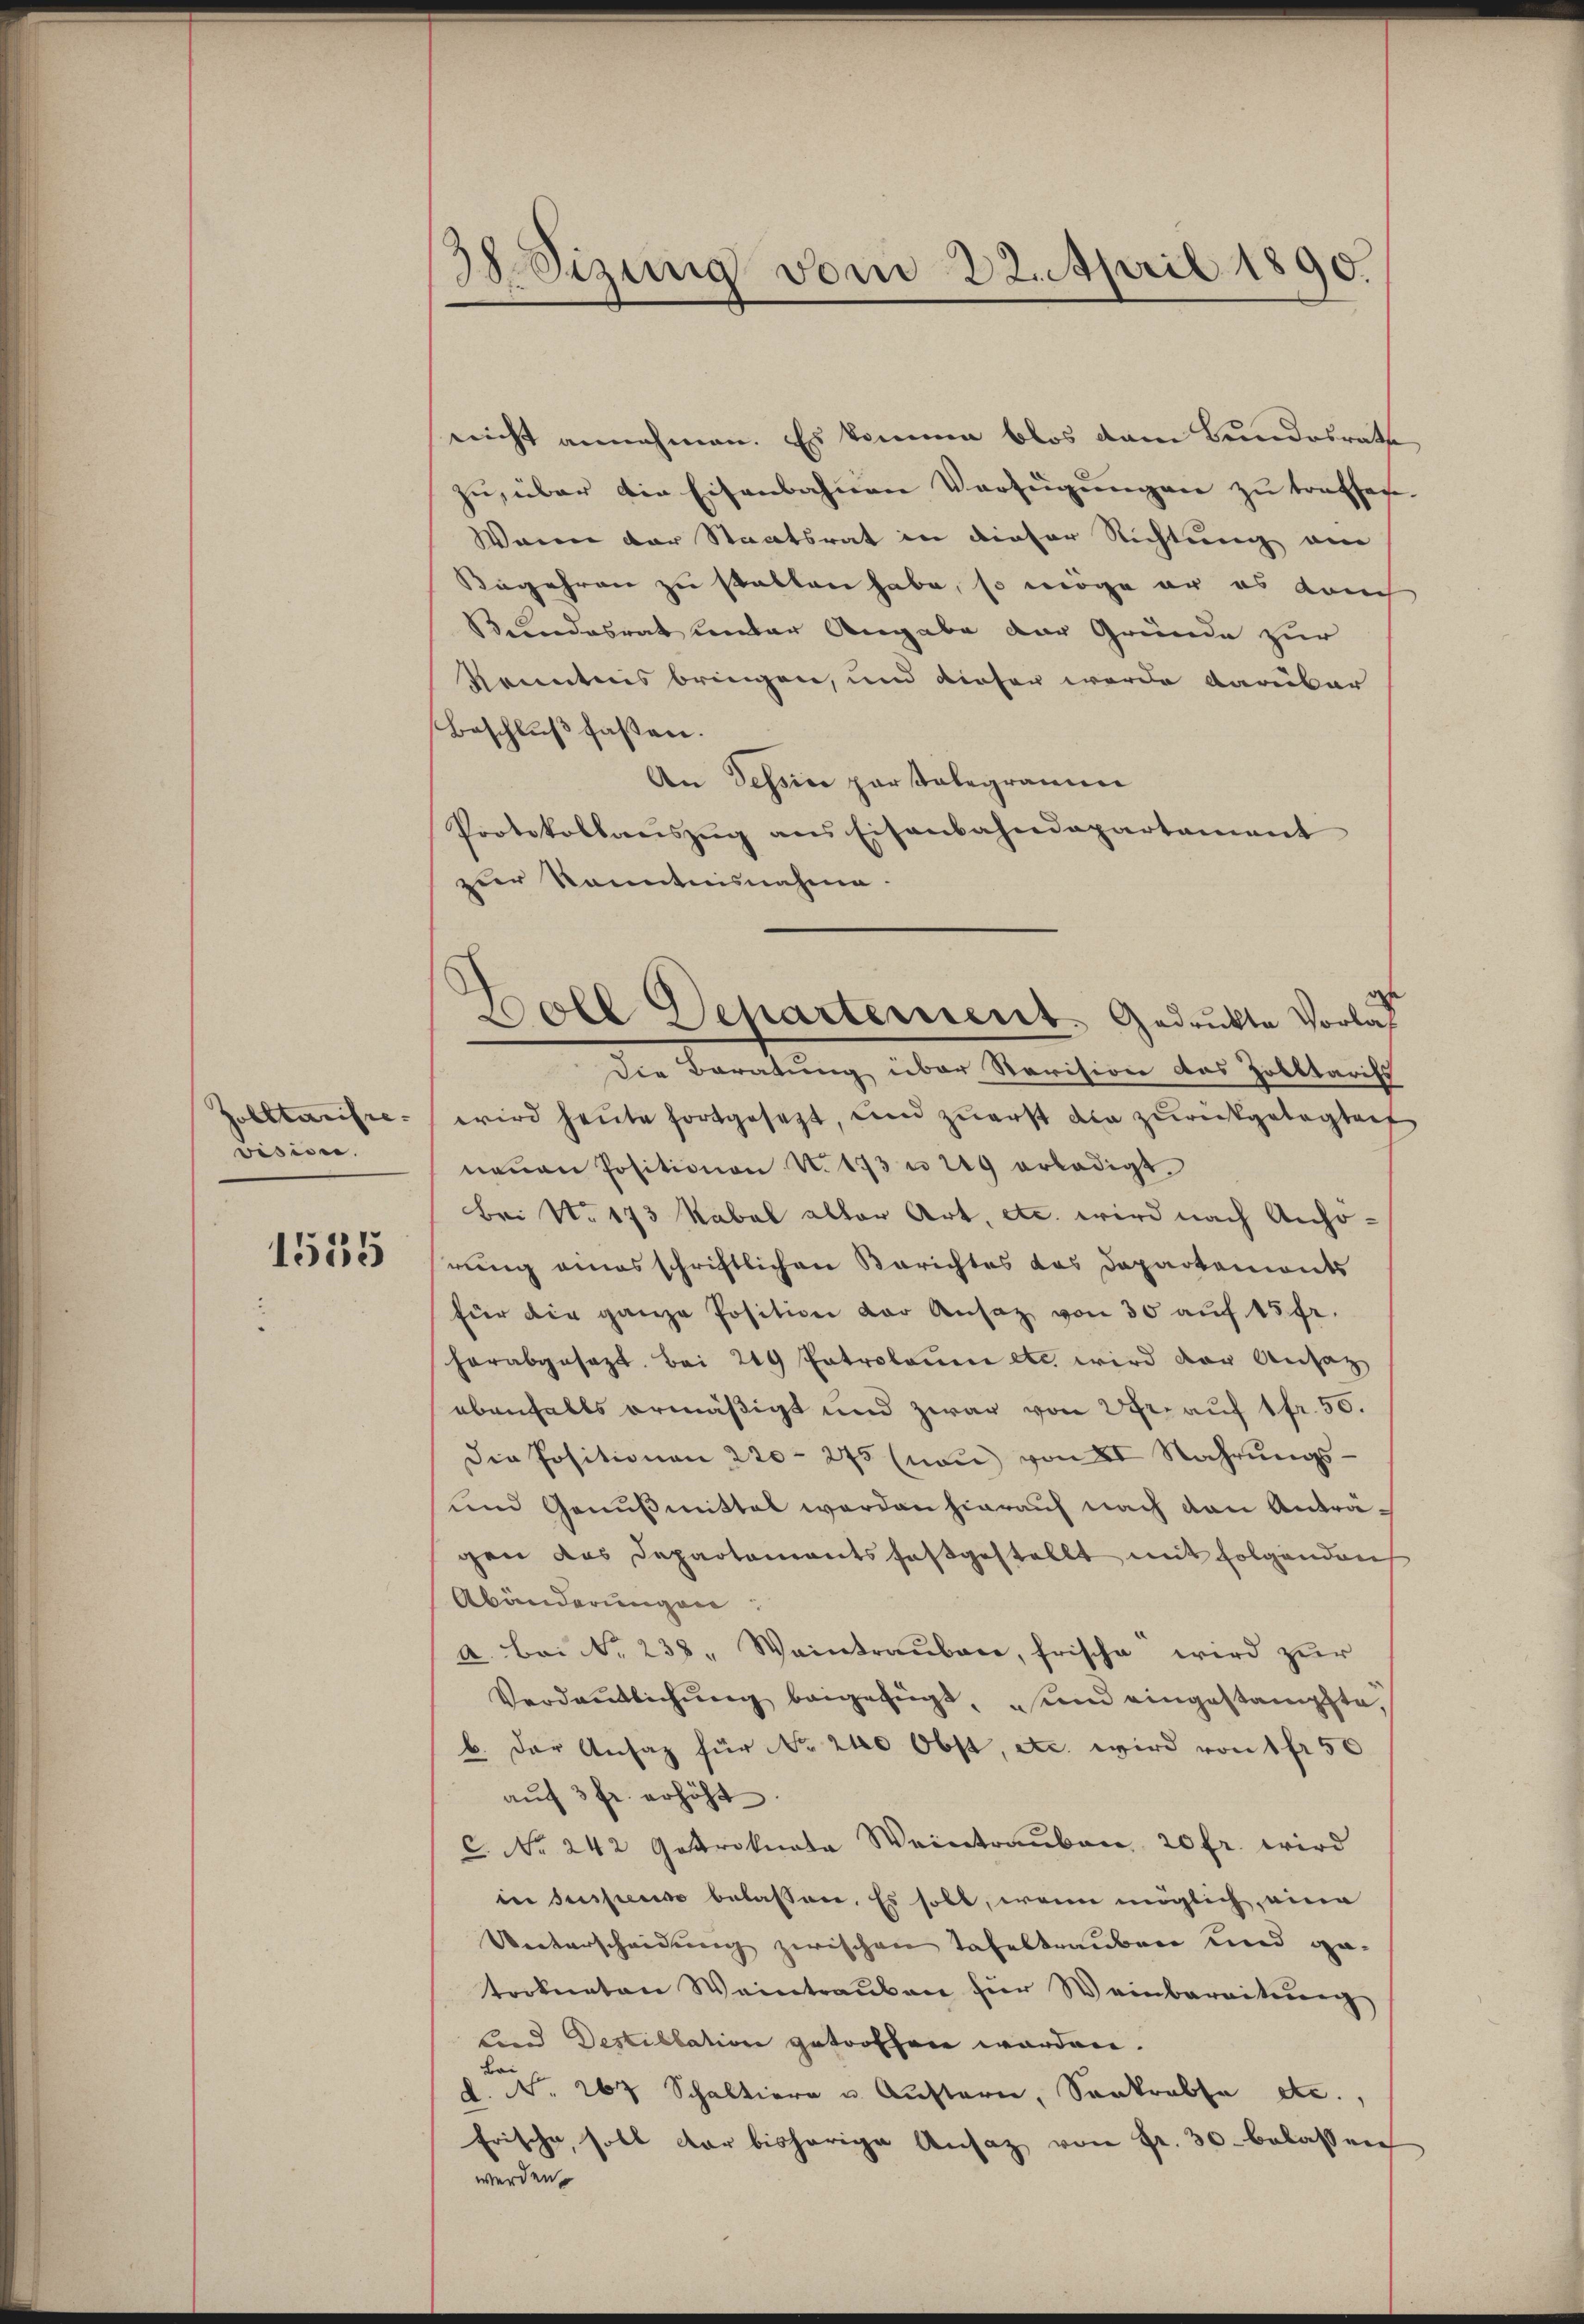
Gobltarisie-
vision.

1535

38 Sizung vom 22. April 1890.

neicht annehmen. Es komme blos dem Bundesrath
zu, über die Eisenbahnen Verfügungen zu treffen
Wann der Staatsrat in dieser Richtung am
Begehren zu statten habe, so möge er es auch
Stundesrat unter Angabe der Gründe zur
Kenntnis bringen, und dieser werde darüber
Beschluß fassen.
An Tessine par tabegramme
Protokollaŭszŭg ans Eisenbahndepartament
zur kanntnisnahme.
Die Beratung über Revision das Zolltarifs
wird heute fortgesetzt, und zuerst die zurückgelegten
neuen Positionen N. 173 u. 249 erledigt.
Bei No. 173 kabel aller Art, etc. wird nach Anhörung eines schriftlichen Berichtes das Departemonts
für die ganze Position der Ansaz von 30 auf 15 fr.
herabgesezt bei 219 Patrolame etc wird der Ansatz
ebenfalls ermäßigt und zwar von 2 Fr. auf 1fr. 50.
Die Positionen 220. 275 (naŭ von II Nahrŭngs-
und Genußmittel werden hierauf nach den Antragen das Departements festgestellt mit folgenden
Abänderungen:
a. Bei No 238. Weintraŭbare, frische wird zŭr
Verdentlichŭng beigefügt, und eingestampfte,
b. der Ansatz für No. 240 Obst, etc. wird von 1 fr 50
auf 3 fr. erhöht
C. No. 242 Gastroknata Weintrauben 20 fr. wird
in suspenso belassen. Es soll, wenn möglich, eine
Uunterscheidung zwischen Tafeltrauben und getorknaten Weintraŭben für Weinbereitŭng
lind Destillation getroffen werden.
. 267 Schalter u. Aŭstern, Sonkrebsa etc.,
Frische, soll der bisherige Ansatz von Fr. 30. belassen
werden.

Boll Departement. Gedrukte Vorlas